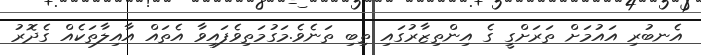
އެނބުރި އައުމަށް ތަރަށްގީ ގެ އިންތިޒާރުގައި ތިބި ތަނެވެ.މަގުމަތިވެފައިވާ އެތައް އާއިލާތަކެއް ގެދޮރު